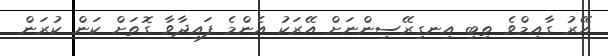
އޭރު ގާއިމްވެ ތިބި އިނގިރޭސިންނަށް އޭރަކު އެންމެ ފައިދާވާ ގޮތަށް ކަން ކުރަން